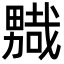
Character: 𭻮